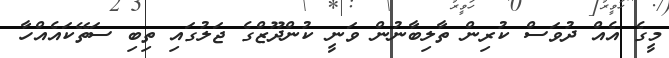
މީގެ އެއް ދުވަސް ކުރިން ތާލިބާނުން ވަނީ ކުންދޫޒްގެ ޖަލުގައި ތިބި ސަތޭކައެއްހާ